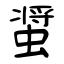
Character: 螀